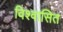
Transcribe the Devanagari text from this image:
विश्वासित